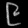
Digit: ၉